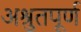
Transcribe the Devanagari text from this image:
अश्रुतपूर्ण